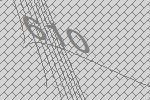
610